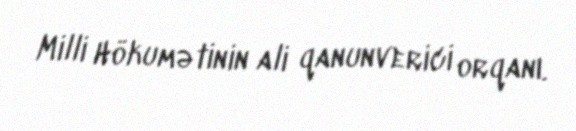
Milli Hökumətinin ali qanunverici orqanı.